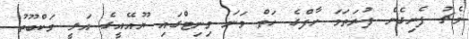
މެޗު ފެށިގެން ފުރަތަމަ ހާފްގެ ހަތް ވަނަ މިނިޓްގައި ޔޫއޭއީގެ އަލީ މަކްބޫތު